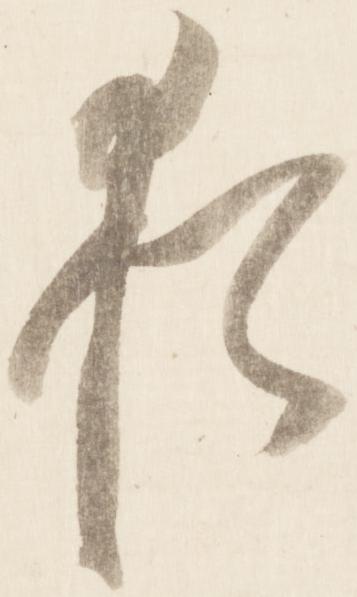
猶